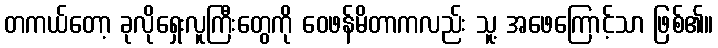
တကယ်တော့ ခုလိုရှေးလူကြီးတွေကို ဝေဖန်မိတာကလည်း သူ့ အဖေကြောင့်သာ ဖြစ်၏။